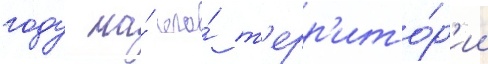
году на́ его́ т'ерр'ито́р'ии